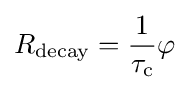
R_{\rm {decay}}={\frac {1}{\tau _{\rm {c}}}}\varphi